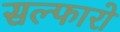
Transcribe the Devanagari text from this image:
सल्फारो